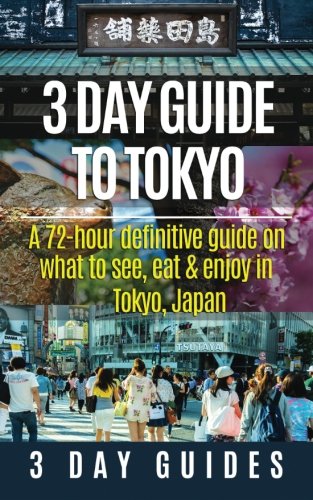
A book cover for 3 Day Guide to Tokyo: A 72-hour Definitive Guide on What to See, Eat and Enjoy in Tokyo, Japan (3 Day Travel Guides) (Volume 14); 3 Day City Guides; Travel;